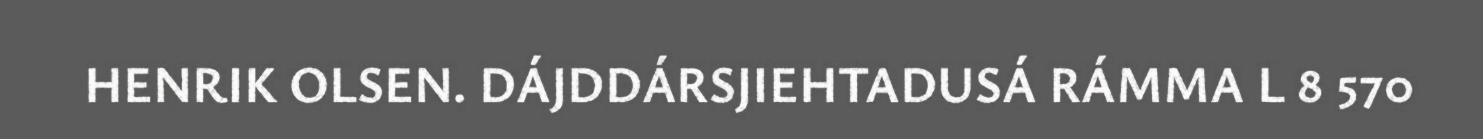
HENRIK OLSEN. DÁJDDÁRSJIEHTADUSÁ RÁMMA L 8 570